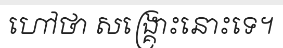
ហៅថា សង្គ្រោះនោះទេ។